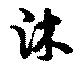
沐